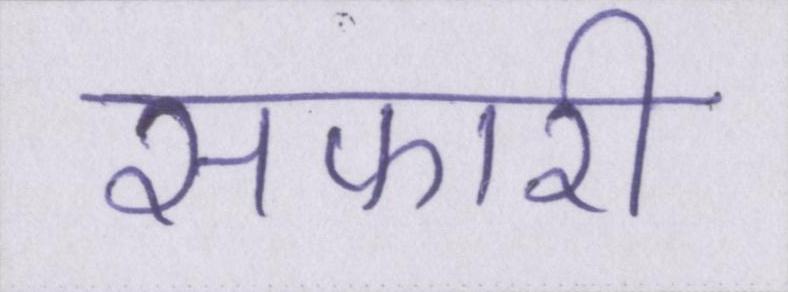
सफारी